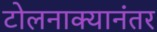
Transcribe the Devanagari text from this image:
टोलनाक्यानंतर